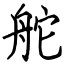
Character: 舵